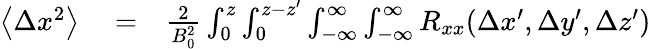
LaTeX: \begin{array}{rlr}{\left\langle\Delta x^{2}\right\rangle}&{{}=}&{\frac{2}{B_{0}^{2}}\int_{0}^{z}\int_{0}^{z-{z}^{\prime}}\int_{-\infty}^{\infty}\int_{-\infty}^{\infty}R_{xx}(\Delta x^{\prime},\Delta y^{\prime},\Delta z^{\prime})}\end{array}